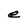
Character: e